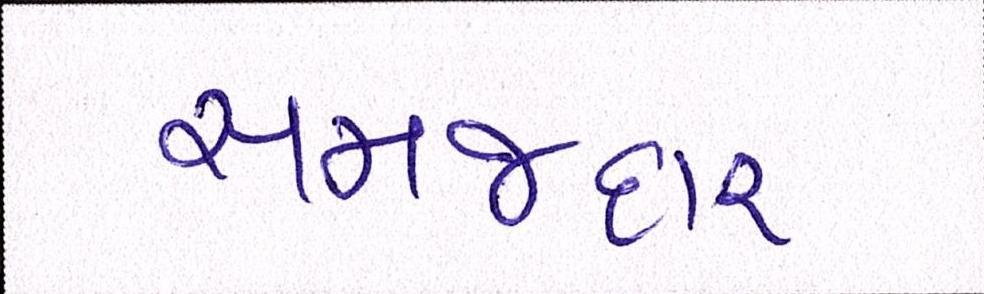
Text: સમજદાર